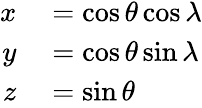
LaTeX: \begin{array}{rl}{x}&{{}=\cos\theta\cos\lambda}\\ {y}&{{}=\cos\theta\sin\lambda}\\ {z}&{{}=\sin\theta}\end{array}